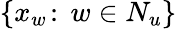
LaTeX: \{ x_{w}\! :\, w\in N_{u}\}